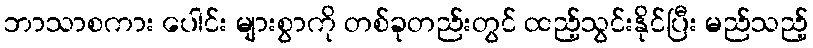
ဘာသာစကား ပေါင်း များစွာကို တစ်ခုတည်းတွင် ထည့်သွင်းနိုင်ပြီး မည်သည့်